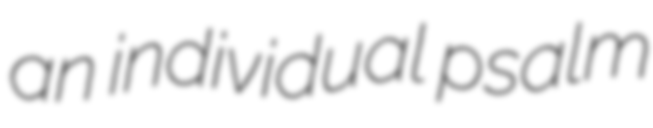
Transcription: an individual psalm